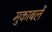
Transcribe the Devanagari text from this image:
मुकाबलें